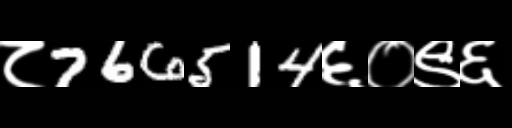
Text: ८766514६०९६